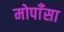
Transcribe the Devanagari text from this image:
मोपाँसा